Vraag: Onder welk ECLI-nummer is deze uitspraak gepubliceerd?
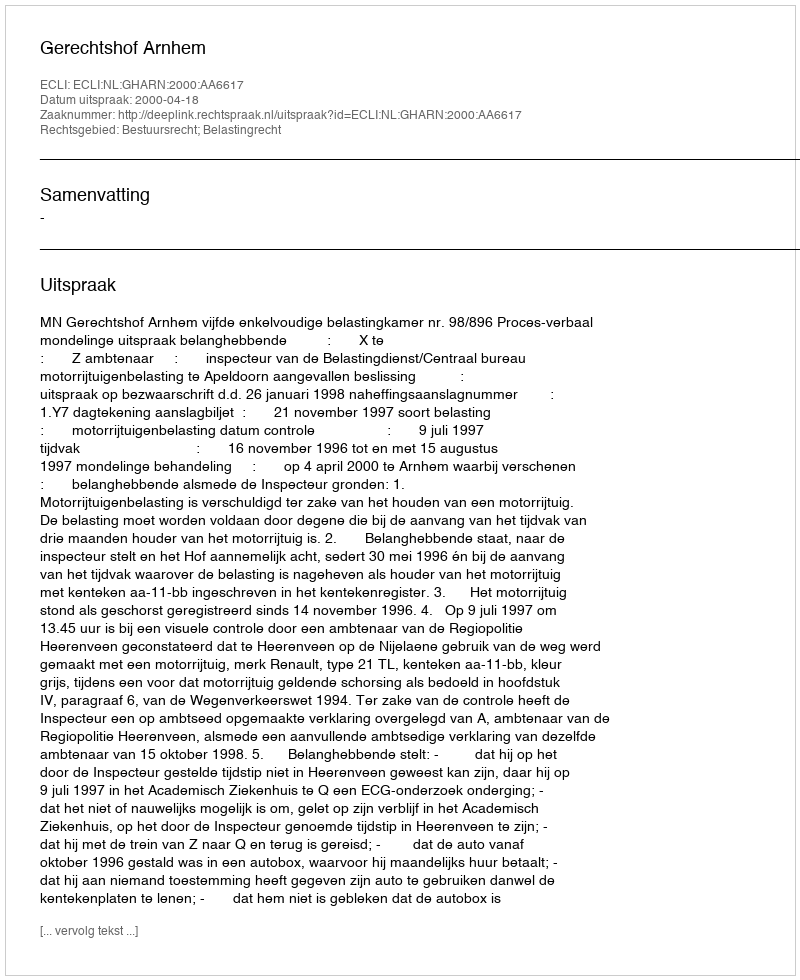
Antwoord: ECLI:NL:GHARN:2000:AA6617